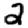
Digit: 2